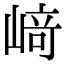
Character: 﨑